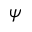
\psi